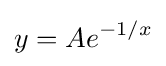
y=Ae^{-1/x}